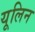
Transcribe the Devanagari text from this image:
यूलिन